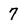
Character: 7